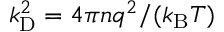
k _ { \mathrm { { D } } } ^ { 2 } = 4 \pi n q ^ { 2 } / ( k _ { \mathrm { { B } } } T )